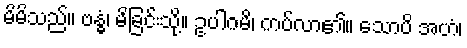
မိမိသည်။ ဗန္ဓံ၊ မိခြင်းသို့။ ဥပါဂမိ၊ ကပ်လာ၏။ သောပိ အဟံ၊